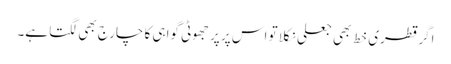
اگر قطری خط بھی جعلی نکلا تو اس پر پر جھوٹی گواہی کا چارج بھی لگتا ہے۔